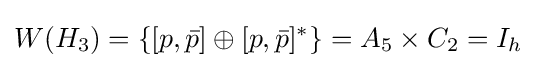
W(H_{3})=\lbrace [p,{\bar {p}}]\oplus [p,{\bar {p}}]^{*}\rbrace =A_{5}\times C_{2}=I_{h}